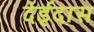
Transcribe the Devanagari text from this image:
देईदास